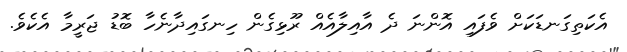
އެކަތިގަނޑަކަށް ވެފައި އޮންނަ ދެ އާއިލާއެއް ރޫޅިގެން ހިނގައިދާނެހާ ބޮޑު ޖަރީމާ އެކެވެ.